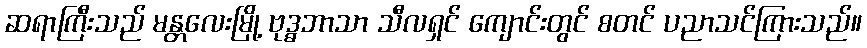
ဆရာကြီးသည် မန္တလေးမြို့ ဗုဒ္ဓဘာသာ သီလရှင် ကျောင်းတွင် စတင် ပညာသင်ကြားသည်။